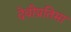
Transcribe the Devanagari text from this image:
देवीप्रतिमा